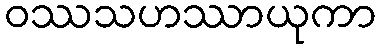
ဝဿသဟဿာယုကာ